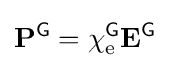
\mathbf {P} ^{\textsf {G}}=\chi _{\text{e}}^{\textsf {G}}\mathbf {E} ^{\textsf {G}}